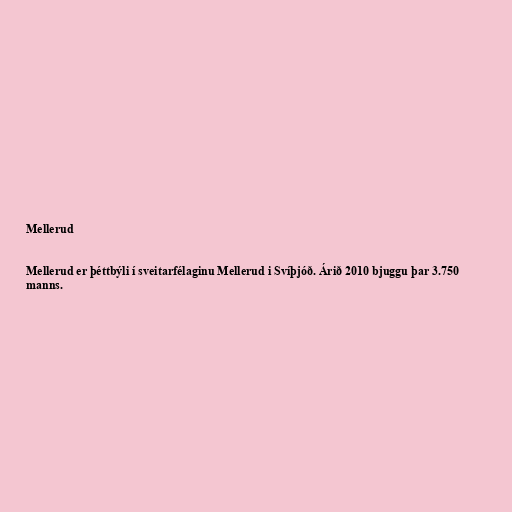
Mellerud

Mellerud er þéttbýli í sveitarfélaginu Mellerud i Svíþjóð. Árið 2010 bjuggu þar 3.750
manns.